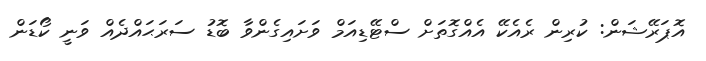
އޮޕަރޭޝަން: ކުރިން ރެއެކޭ އެއްގޮތަށް ސްޓޭޑިއަމް ވަށައިގެންވާ ބޮޑު ސަރަޙައްދެއް ވަނީ ކޯޑަން